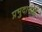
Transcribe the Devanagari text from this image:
प्रभुदासजी